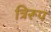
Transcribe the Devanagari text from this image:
त्रिरूप